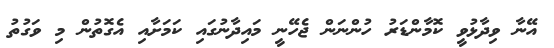
އޭނާ ވިދާޅުވީ ކޮމާންޑަރު ހުންނަން ޖެހޭނީ މައިދާނުގައި ކަމަށާއި އެގޮތުން މި ވަގުތު